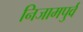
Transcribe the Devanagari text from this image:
निजामपुर्व